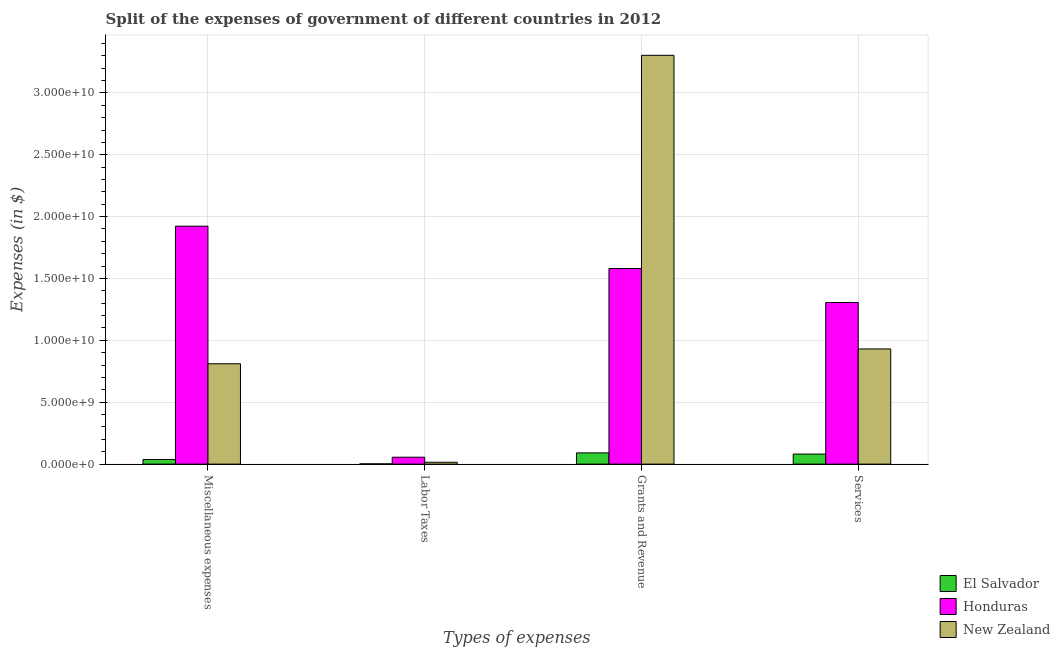
| Types of expenses | El Salvador | Honduras | New Zealand |
 | --- | --- | --- | --- |
 | Miscellaneous expenses | 3.7e+08 | 1.92e+10 | 8.11e+09 |
 | Labor Taxes | 2.09e+07 | 5.58e+08 | 1.5e+08 |
 | Grants and Revenue | 9.08e+08 | 1.58e+10 | 3.3e+10 |
 | Services | 8.12e+08 | 1.31e+10 | 9.31e+09 |